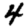
Digit: 4